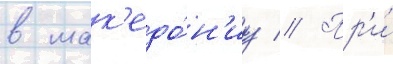
в мак'едо́н'иу // Пр'и́